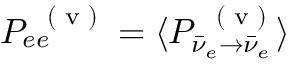
P _ { e e } ^ { \mathrm { ~ \tiny ~ ( ~ v ~ ) ~ } } = \langle P _ { \bar { \nu } _ { e } \to \bar { \nu } _ { e } } ^ { \mathrm { ~ \tiny ~ ( ~ v ~ ) ~ } } \rangle